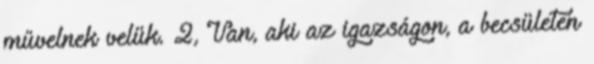
művelnek velük. 2, Van, aki az igazságon, a becsületen